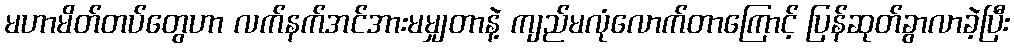
မဟာမိတ်တပ်တွေဟာ လက်နက်အင်အားမမျှတာနဲ့ ကျည်မလုံလောက်တာကြောင့် ပြန်ဆုတ်ခွာလာခဲ့ပြီး